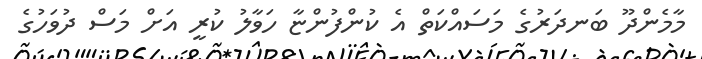
މާމެންދޫ ބަނދަރުގެ މަސައްކަތް އެ ކުންފުންޏާ ހަވާލު ކުރީ އަށް މަސް ދުވަހުގެ